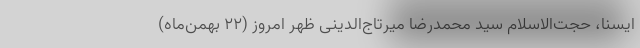
ایسنا، حجت‌الاسلام سید محمدرضا میرتاج‌الدینی ظهر امروز (۲۲ بهمن‌ماه)